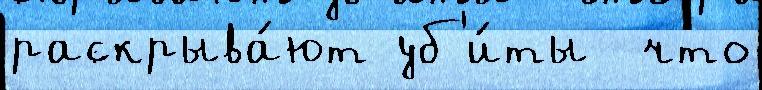
раскрыва́ют уб'и́ты  что